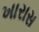
ખારાસ